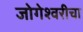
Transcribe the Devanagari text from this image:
जोगेश्वरीचा